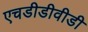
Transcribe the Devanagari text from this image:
एचडीडीवीडी